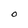
Character: O